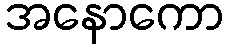
အနောကော